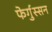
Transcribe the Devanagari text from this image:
फेर्गुस्सन